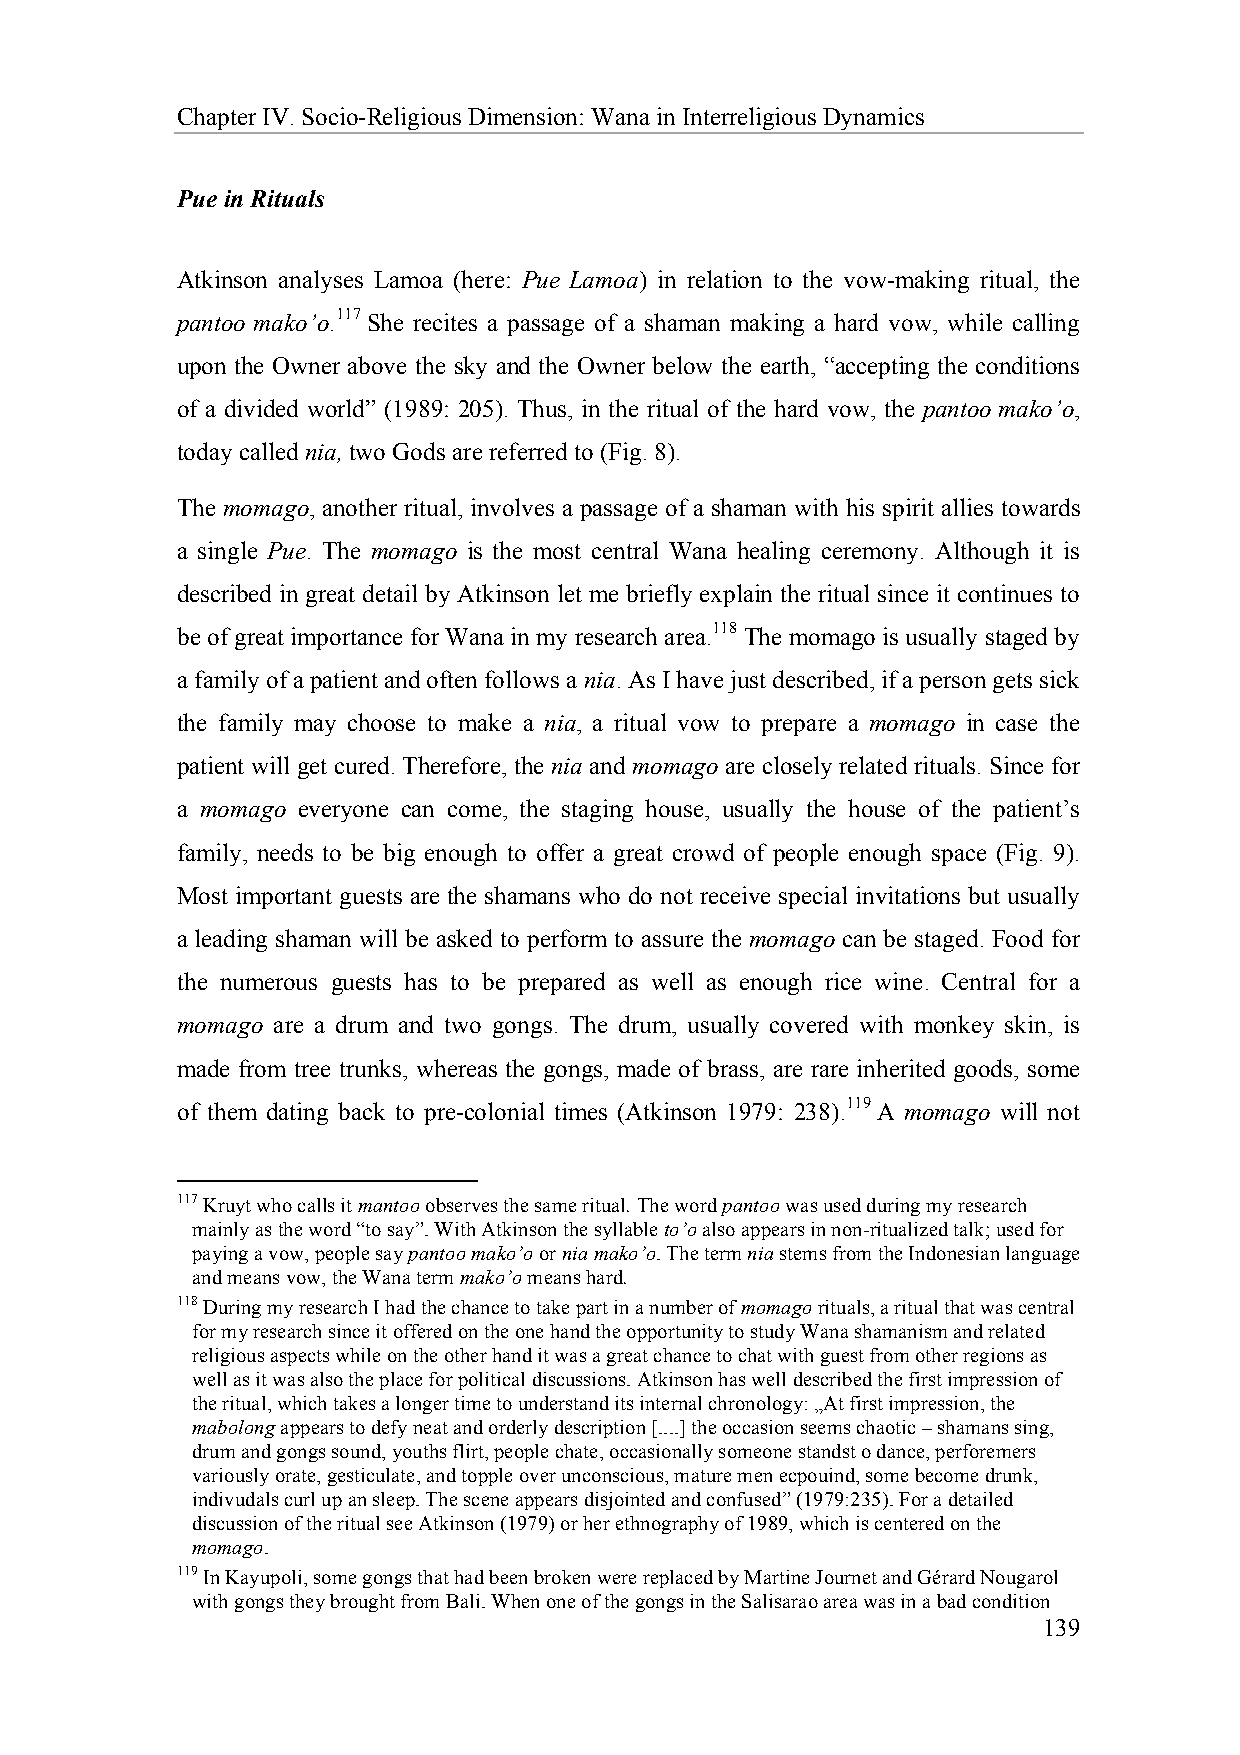
Chapter IV. Socio-Religious Dimension: Wana in Interreligious Dynamics
 Pue in Rituals
 Atkinson analyses Lamoa (here: Pue Lamoa) in relation to the vow-making ritual, the
 pantoo mako’o.117 She recites a passage of a shaman making a hard vow, while calling
 upon the Owner above the sky and the Owner below the earth, “accepting the conditions
 of a divided world” (1989: 205). Thus, in the ritual of the hard vow, the pantoo mako’o,
 today called nia, two Gods are referred to (Fig. 8).
 The momago, another ritual, involves a passage of a shaman with his spirit allies towards
 a single Pue. The momago is the most central Wana healing ceremony. Although it is
 described in great detail by Atkinson let me briefly explain the ritual since it continues to
 be of great importance for Wana in my research area.118 The momago is usually staged by
 a family of a patient and often follows a nia. As I have just described, if a person gets sick
 the family may choose to make a nia, a ritual vow to prepare a momago in case the
 patient will get cured. Therefore, the nia and momago are closely related rituals. Since for
 a momago everyone can come, the staging house, usually the house of the patient’s
 family, needs to be big enough to offer a great crowd of people enough space (Fig. 9).
 Most important guests are the shamans who do not receive special invitations but usually
 a leading shaman will be asked to perform to assure the momago can be staged. Food for
 the numerous guests has to be prepared as well as enough rice wine. Central for a
 momago are a drum and two gongs. The drum, usually covered with monkey skin, is
 made from tree trunks, whereas the gongs, made of brass, are rare inherited goods, some
 of them dating back to pre-colonial times (Atkinson 1979: 238).119 A momago will not
 117 Kruyt who calls it mantoo observes the same ritual. The word pantoo was used during my research
 mainly as the word “to say”. With Atkinson the syllable to’o also appears in non-ritualized talk; used for
 paying a vow, people say pantoo mako’o or nia mako’o. The term nia stems from the Indonesian language
 and means vow, the Wana term mako’o means hard.
 118 During my research I had the chance to take part in a number of momago rituals, a ritual that was central
 for my research since it offered on the one hand the opportunity to study Wana shamanism and related
 religious aspects while on the other hand it was a great chance to chat with guest from other regions as
 well as it was also the place for political discussions. Atkinson has well described the first impression of
 the ritual, which takes a longer time to understand its internal chronology: „At first impression, the
 mabolong appears to defy neat and orderly description [....] the occasion seems chaotic – shamans sing,
 drum and gongs sound, youths flirt, people chate, occasionally someone standst o dance, perforemers
 variously orate, gesticulate, and topple over unconscious, mature men ecpouind, some become drunk,
 indivudals curl up an sleep. The scene appears disjointed and confused” (1979:235). For a detailed
 discussion of the ritual see Atkinson (1979) or her ethnography of 1989, which is centered on the
 momago.
 119 In Kayupoli, some gongs that had been broken were replaced by Martine Journet and Gérard Nougarol
 with gongs they brought from Bali. When one of the gongs in the Salisarao area was in a bad condition
 139